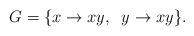
LaTeX: \begin{align*} G=\{ x \rightarrow xy, \;\; y \rightarrow xy\}. \end{align*}